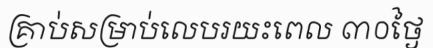
គ្រាប់សម្រាប់លេបរយះពេល ៣០ថ្ងៃ